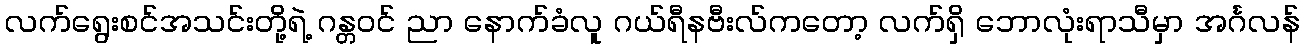
လက်ရွေးစင်အသင်းတို့ရဲ့ ဂန္တဝင် ညာ နောက်ခံလူ ဂယ်ရီနဗီးလ်ကတော့ လက်ရှိ ဘောလုံးရာသီမှာ အင်္ဂလန်